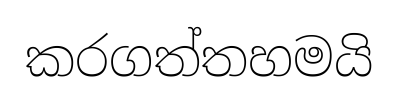
කරගත්තහමයි